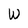
Character: W